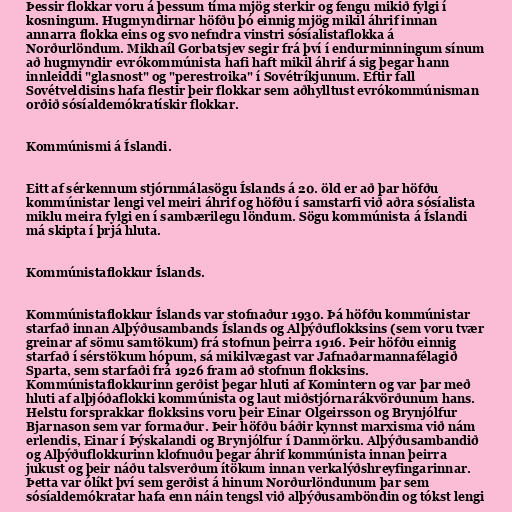
Þessir flokkar voru á þessum tíma mjög sterkir og fengu mikið fylgi í
kosningum. Hugmyndirnar höfðu þó einnig mjög mikil áhrif innan
annarra flokka eins og svo nefndra vinstri sósíalistaflokka á
Norðurlöndum. Mikhaíl Gorbatsjev segir frá því í endurminningum sínum
að hugmyndir evrókommúnista hafi haft mikil áhrif á sig þegar hann
innleiddi "glasnost" og "perestroika" í Sovétríkjunum. Eftir fall
Sovétveldisins hafa flestir þeir flokkar sem aðhylltust evrókommúnisman
orðið sósíaldemókratískir flokkar.

Kommúnismi á Íslandi.

Eitt af sérkennum stjórnmálasögu Íslands á 20. öld er að þar höfðu
kommúnistar lengi vel meiri áhrif og höfðu í samstarfi við aðra sósíalista
miklu meira fylgi en í sambærilegu löndum. Sögu kommúnista á Íslandi
má skipta í þrjá hluta.

Kommúnistaflokkur Íslands.

Kommúnistaflokkur Íslands var stofnaður 1930. Þá höfðu kommúnistar
starfað innan Alþýðusambands Íslands og Alþýðuflokksins (sem voru tvær
greinar af sömu samtökum) frá stofnun þeirra 1916. Þeir höfðu einnig
starfað í sérstökum hópum, sá mikilvægast var Jafnaðarmannafélagið
Sparta, sem starfaði frá 1926 fram að stofnun flokksins.
Kommúnistaflokkurinn gerðist þegar hluti af Komintern og var þar með
hluti af alþjóðaflokki kommúnista og laut miðstjórnarákvörðunum hans.
Helstu forsprakkar flokksins voru þeir Einar Olgeirsson og Brynjólfur
Bjarnason sem var formaður. Þeir höfðu báðir kynnst marxisma við nám
erlendis, Einar í Þýskalandi og Brynjólfur í Danmörku. Alþýðusambandið
og Alþýðuflokkurinn klofnuðu þegar áhrif kommúnista innan þeirra
jukust og þeir náðu talsverðum ítökum innan verkalýðshreyfingarinnar.
Þetta var ólíkt því sem gerðist á hinum Norðurlöndunum þar sem
sósíaldemókratar hafa enn náin tengsl við alþýðusamböndin og tókst lengi